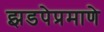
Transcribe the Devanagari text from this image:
झडपेप्रमाणे